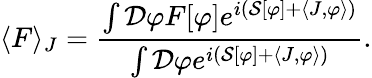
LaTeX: \langle F\rangle_{J}={\frac{\int{\mathcal{D}}\varphi F[\varphi]e^{i\left({\mathcal{S}}[\varphi]+\langle J,\varphi\rangle\right)}}{\int{\mathcal{D}}\varphi e^{i\left({\mathcal{S}}[\varphi]+\langle J,\varphi\rangle\right)}}}.